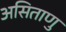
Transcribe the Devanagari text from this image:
असिताणु